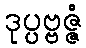
ဒုပ္ပဗ္ဗဇ္ဇံ